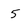
Character: 5